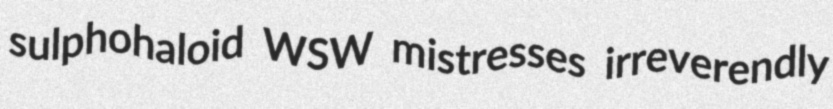
sulphohaloid WSW mistresses irreverendly